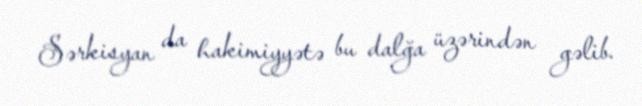
Sərkisyan da hakimiyyətə bu dalğa üzərindən gəlib.